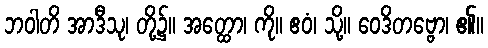
ဘဝါတိ အာဒီသု၊ တို့၌။ အတ္ထော၊ ကို။ ဧဝံ၊ သို့။ ဝေဒိတဗ္ဗော၊ ၏။